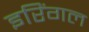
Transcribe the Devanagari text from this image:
इरिंगल